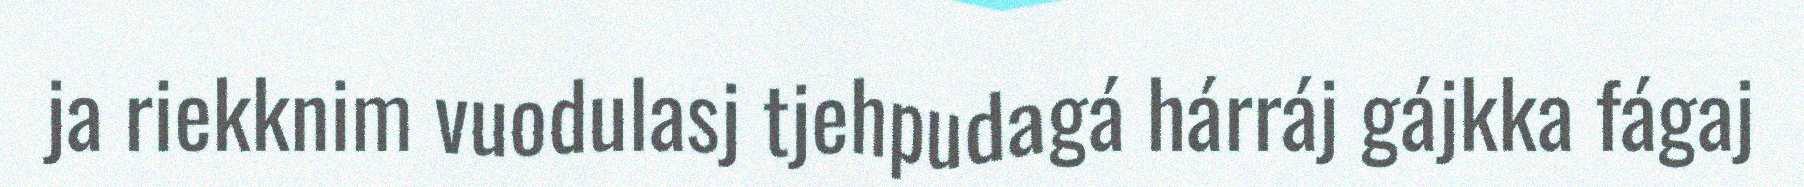
ja riekknim vuodulasj tjehpudagá hárráj gájkka fágaj